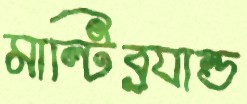
মাল্টিব্র্যান্ড